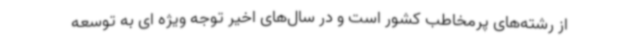
از رشته‌های پرمخاطب کشور است و در سال‌های اخیر توجه ویژه ای به توسعه